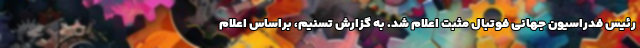
رئیس فدراسیون جهانی فوتبال مثبت اعلام شد. به گزارش تسنیم، براساس اعلام